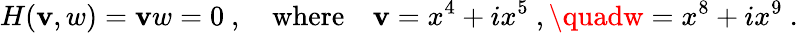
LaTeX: H(\mathbf{v},w)=\mathbf{v}w=0~,\quad\mathrm{{where}}\quad\mathbf{v}=x^{4}+ix^{5}~,\quadw=x^{8}+ix^{9}~.